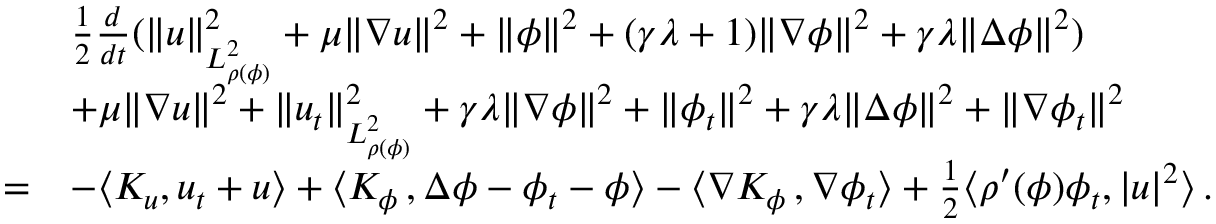
\begin{array} { r l } & { \frac { 1 } { 2 } \frac { d } { d t } ( \| u \| _ { L _ { \rho ( \phi ) } ^ { 2 } } ^ { 2 } + \mu \| \nabla u \| ^ { 2 } + \| \phi \| ^ { 2 } + ( \gamma \lambda + 1 ) \| \nabla \phi \| ^ { 2 } + \gamma \lambda \| \Delta \phi \| ^ { 2 } ) } \\ & { + \mu \| \nabla u \| ^ { 2 } + \| u _ { t } \| _ { L _ { \rho ( \phi ) } ^ { 2 } } ^ { 2 } + \gamma \lambda \| \nabla \phi \| ^ { 2 } + \| \phi _ { t } \| ^ { 2 } + \gamma \lambda \| \Delta \phi \| ^ { 2 } + \| \nabla \phi _ { t } \| ^ { 2 } } \\ { = } & { - \langle K _ { u } , u _ { t } + u \rangle + \langle K _ { \phi } \, , \Delta \phi - \phi _ { t } - \phi \rangle - \langle \nabla K _ { \phi } \, , \nabla \phi _ { t } \rangle + \frac { 1 } { 2 } \langle \rho ^ { \prime } ( \phi ) \phi _ { t } , | u | ^ { 2 } \rangle \, . } \end{array}